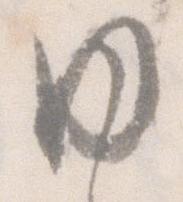
ゆ